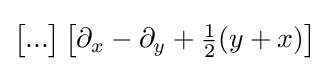
{\big [}...{\big ]}\,{\big [}\partial _{x}-\partial _{y}+{\tfrac {1}{2}}(y+x){\big ]}